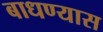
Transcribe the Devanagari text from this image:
बाधण्यास